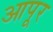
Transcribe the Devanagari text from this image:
आपूर